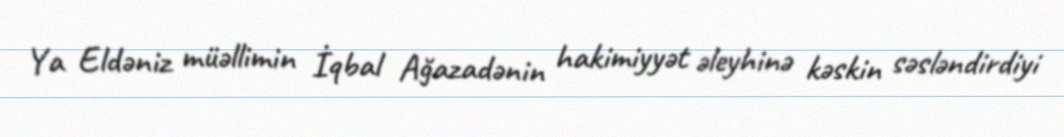
Ya Eldəniz müəllimin İqbal Ağazadənin hakimiyyət əleyhinə kəskin səsləndirdiyi